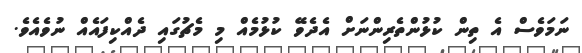
ނަމަވެސް އެ ތިން ކުޅުންތެރިންނަށް އެދެވޭ ކުޅުމެއް މި މެޗުގައި ދެއްކިފައެއް ނުވެއެވެ.